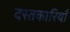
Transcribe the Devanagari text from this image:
दस्तकारियाँ